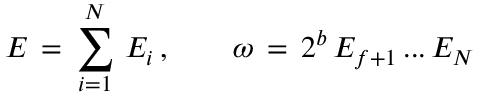
E \, = \, \sum _ { i = 1 } ^ { N } \, E _ { i } \, , \qquad \omega \, = \, 2 ^ { b } \, E _ { f + 1 } \, . . . \, E _ { N }